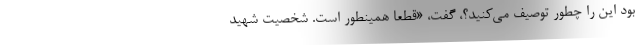
بود این را چطور توصیف می‌کنید؟، گفت، «قطعا همینطور است. شخصیت شهید